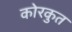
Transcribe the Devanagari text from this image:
कोरकुत